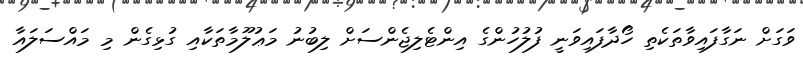
ވަގަށް ނަގާފައިވާތަކެތި ހޯދާފައިވަނީ ފުލުހުންގެ އިންޓެލިޖެންސަށް ލިބުނު މަޢުލޫމާތަކާއި ގުޅިގެން މި މައްސަލައާ